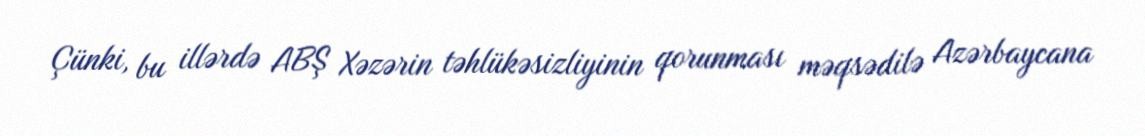
Çünki, bu illərdə ABŞ Xəzərin təhlükəsizliyinin qorunması məqsədilə Azərbaycana